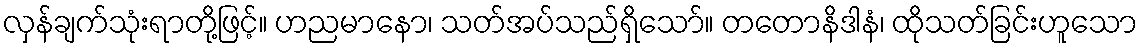
လှန်ချက်သုံးရာတို့ဖြင့်။ ဟညမာနော၊ သတ်အပ်သည်ရှိသော်။ တတောနိဒါနံ၊ ထိုသတ်ခြင်းဟူသော